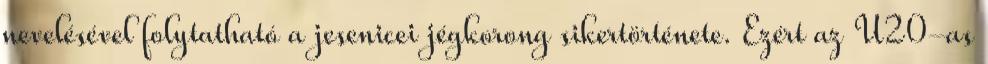
nevelésével folytatható a jesenicei jégkorong sikertörténete. Ezért az U20-as